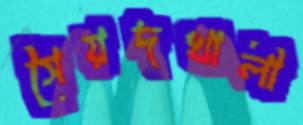
সৈয়দখালী